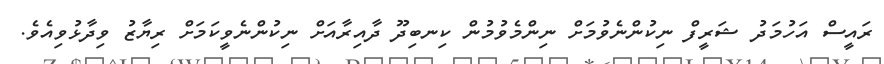
ރައީސް އަހުމަދު ޝަރީފް ނިކުންނެވުމަށް ނިންމެވުމުން ކިނބިދޫ ދާއިރާއަށް ނިކުންނެވީކަމަށް ރިޔާޒު ވިދާޅުވިއެވެ.